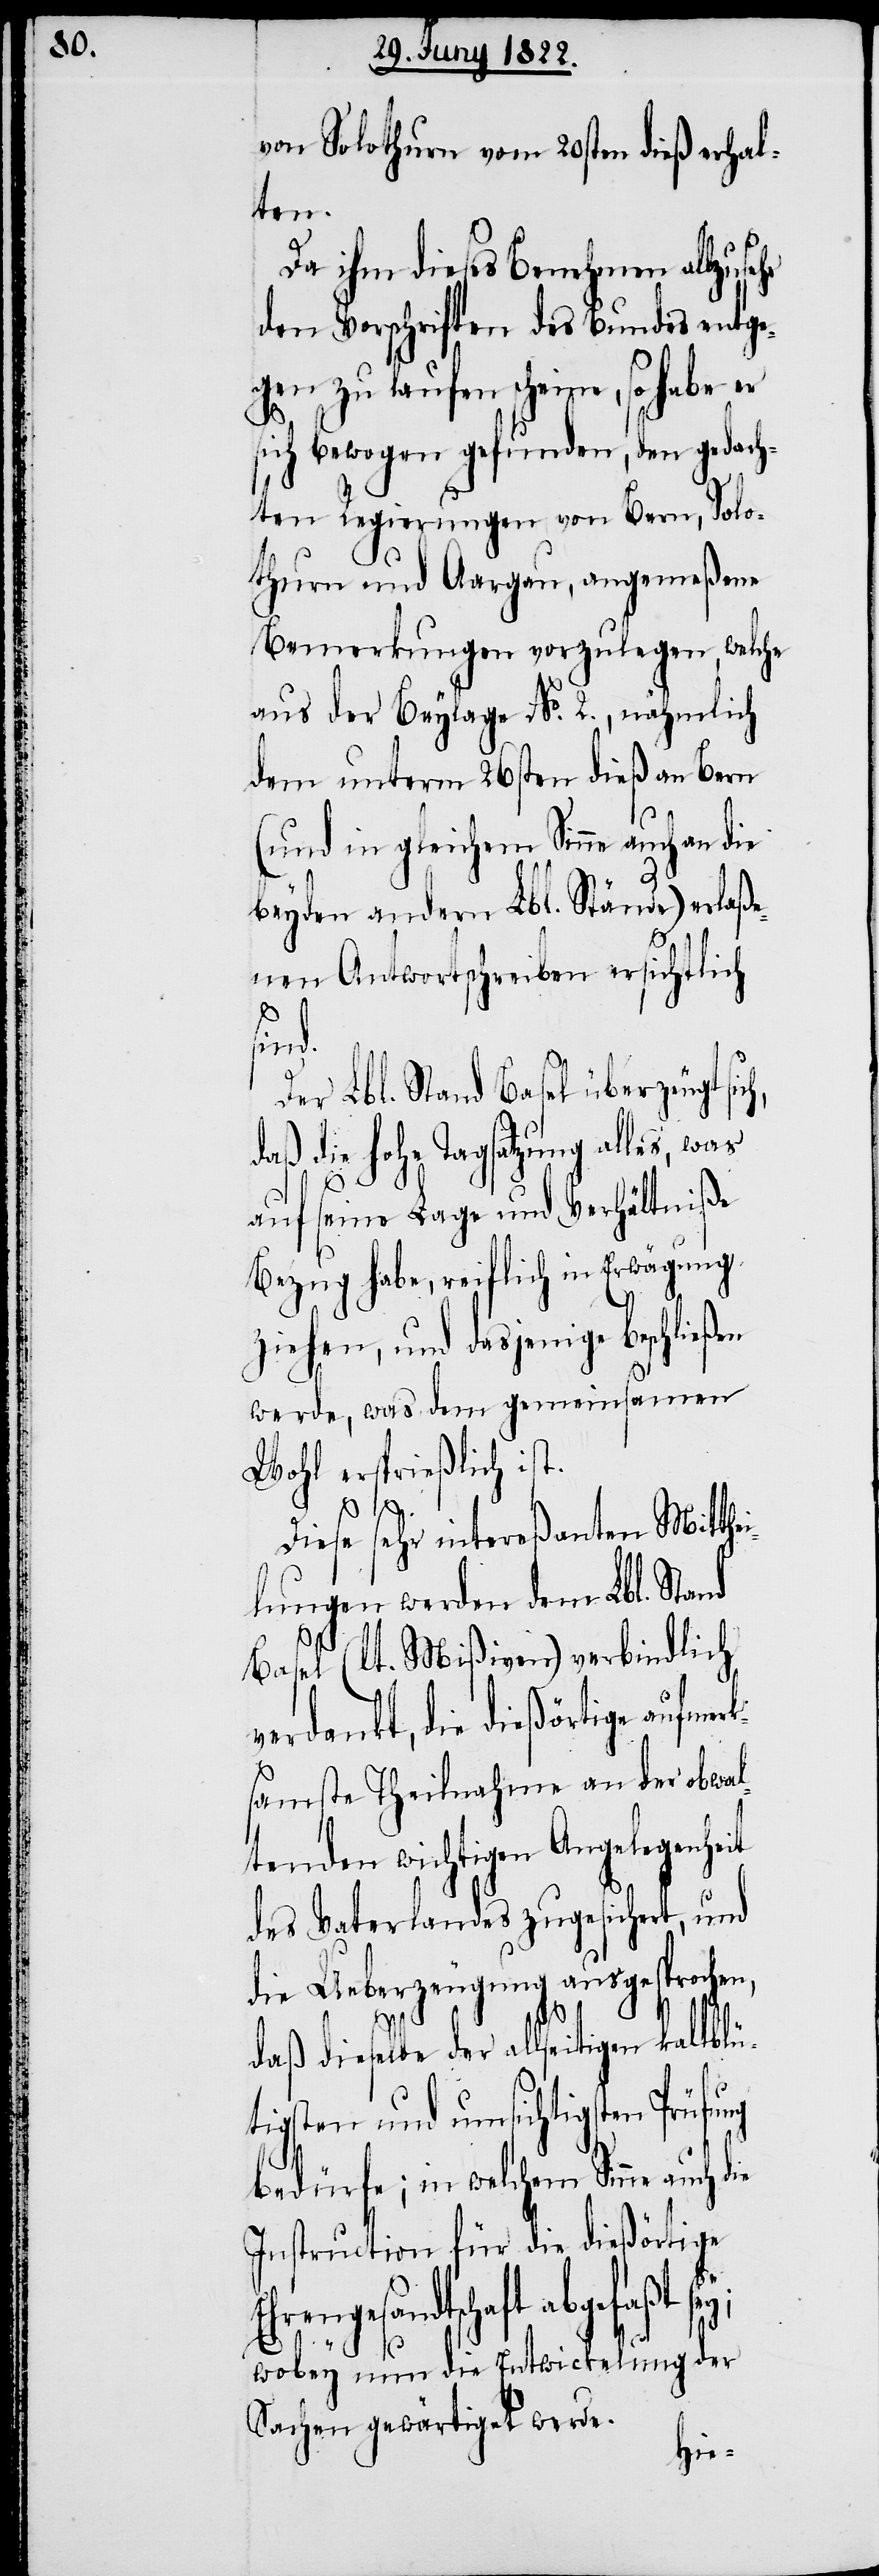
Solothurn vom 20sten dieß erhal¬
ten.
Da ihm dieses Benehmen allz¬
den Vorschriften des Bundes entge¬
gen zu laufen scheine, so habe er
sich bewogen gefunden, den gedach¬
ten Regierungen von Bern, Solo¬
thurn und Aargau, angemeßene
Bemerkungen vorzulegen, welche
aus der Beylage No. 2., nähmlich
dem unterm 26sten dieß an Bern
(und in gleichem Sinne auch an die
beyden andern Lbl. Stände) erlaße¬
nen Antwortschreiben ersichtlich
sin¬
Der Lbl. Stand Basel überzeugt sic¬
daß die hohe Tagsatzung alles, was
auf seine Lage und Verhältniße
Bezug habe, reiflich in Erwägung
ziehen, und dasjenige beschließen
werde, was dem gemeinsamen
Wohl ersprießlich ist.
Diese sehr intereßanten Mitthe¬
ilungen werden dem Lbl. Stand
E¬
Basel (lt. Mißiven) verbindlich
verdankt, die dießörtige aufme¬
amste Theilnahme an der obwal¬
tenden wichtigen Angelegenheit
des Vaterlandes zugesichert, und
die Ueberzeugung ausgesprochen,
rks¬
daß dieselbe der allseitigen kaltblü¬
tigsten und umsichtigsten Prüfung
bedürfe; in welchem Sinne auch die
Instruction für die dießörtige
hrengesandtschaft abgefaßt
wobey nun die Entwicklung der
Sachen gewärtiget werde.